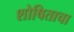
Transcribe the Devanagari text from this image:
शोषिताचा